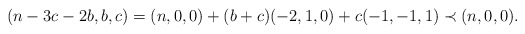
\begin{align*}(n-3c-2b,b,c)=(n,0,0)+(b+c)(-2,1,0)+c(-1,-1,1)\prec (n,0,0).\end{align*}